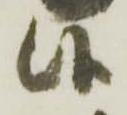
候